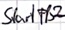
Text: Start FB2